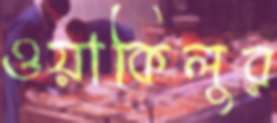
ওয়াকিলুর